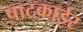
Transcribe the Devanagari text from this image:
पाटकाईर